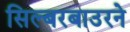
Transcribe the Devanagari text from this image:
सिल्बरबाउरने